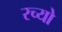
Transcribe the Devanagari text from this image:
रच्यो